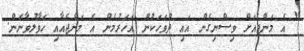
" އެ މަންޖެއަށް ވިސްނިގެން އައި ދުވަހަކުން އަހަރުމެން އެ މަންޖެއާއި ހަވާލުވާނަން.